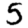
Digit: 5